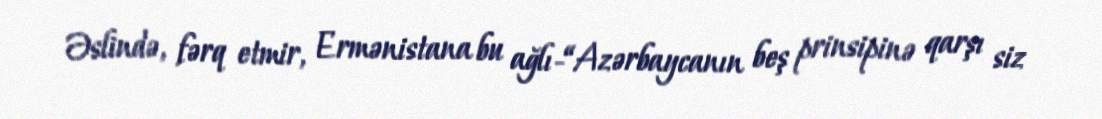
Əslində, fərq etmir, Ermənistana bu ağlı-“Azərbaycanın beş prinsipinə qarşı siz